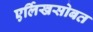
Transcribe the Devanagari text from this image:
एर्लिखसोबत